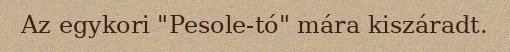
Az egykori "Pesole-tó" mára kiszáradt.